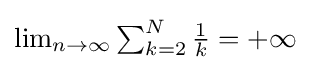
{\textstyle \lim _{n\to \infty }\sum _{k=2}^{N}{\frac {1}{k}}=+\infty }